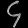
Digit: ၄